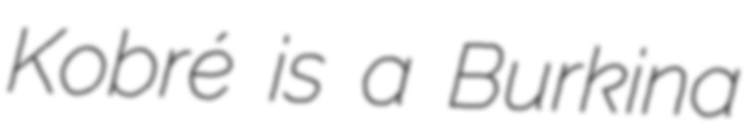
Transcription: Kobré is a Burkina